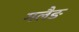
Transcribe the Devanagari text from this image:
गलैङ